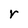
Character: r